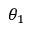
\theta _ { 1 }